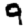
Digit: 9